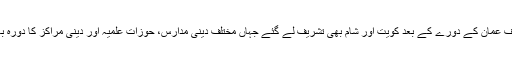
موصوف عمان کے دورے کے بعد کویت اور شام بھی تشریف لے گئے جہاں مختلف دینی مدارس، حوزات علمیہ اور دینی مراکز کا دورہ بھی کیا۔